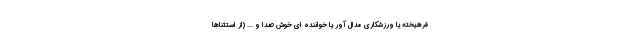
فرهیخته یا ورزشکاری مدال آور یا خواننده ای خوش صدا و ... (از استثناها